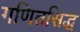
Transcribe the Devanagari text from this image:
गणितसिद्ध